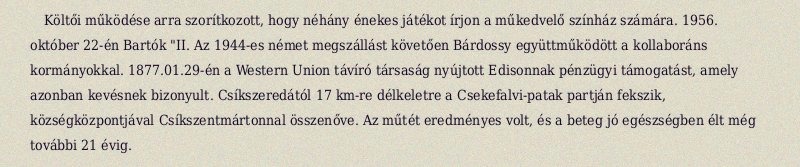
Költői működése arra szorítkozott, hogy néhány énekes játékot írjon a műkedvelő színház számára. 1956. október 22-én Bartók "II. Az 1944-es német megszállást követően Bárdossy együttműködött a kollaboráns kormányokkal. 1877.01.29-én a Western Union távíró társaság nyújtott Edisonnak pénzügyi támogatást, amely azonban kevésnek bizonyult. Csíkszeredától 17 km-re délkeletre a Csekefalvi-patak partján fekszik, községközpontjával Csíkszentmártonnal összenőve. Az műtét eredményes volt, és a beteg jó egészségben élt még további 21 évig.